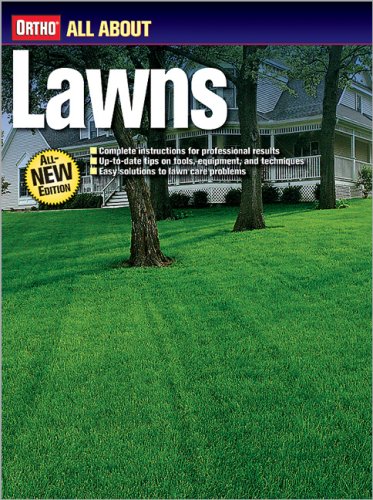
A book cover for All About Lawns; Ortho; Crafts, Hobbies & Home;